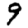
Digit: 9